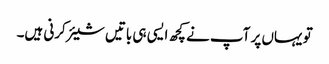
تو یہاں پر آپ نے کچھ ایسی ہی باتیں شیئر کرنی ہیں۔